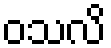
ဝသလိ